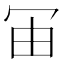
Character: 𰃰